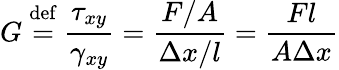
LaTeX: G\ {\stackrel{\mathrm{def}}{=}}\ {\frac{\tau_{xy}}{\gamma_{xy}}}={\frac{F/A}{\Delta x/l}}={\frac{Fl}{A\Delta x}}